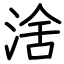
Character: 涻